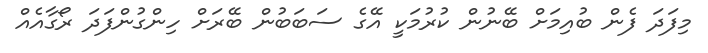
މިފަދަ ފެން ބުއިމަށް ބޭނުން ކުރުމަކީ އޭގެ ސަބަބުން ބޭރަށް ހިންގުންފަދަ ރޯގާއެއް